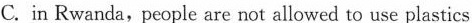
C.in Rwanda,people are not allowed to use plastics